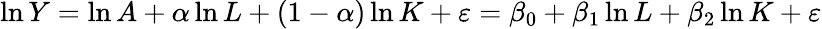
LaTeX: \ln Y=\ln A+\alpha\ln L+(1-\alpha)\ln K+\varepsilon=\beta_{0}+\beta_{1}\ln L+\beta_{2}\ln K+\varepsilon